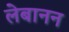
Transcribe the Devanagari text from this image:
लेबानन